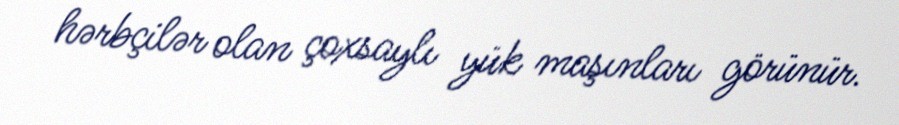
hərbçilər olan çoxsaylı yük maşınları görünür.